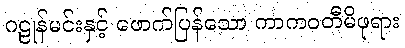
ဂဠုန်မင်းနှင့် ဖောက်ပြန်သော ကာကဝတီမိဖုရား